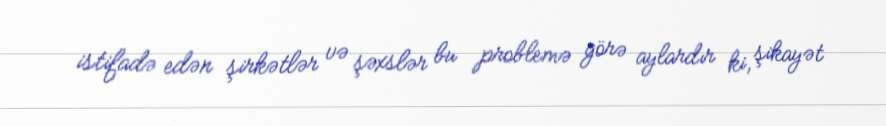
istifadə edən şirkətlər və şəxslər bu problemə görə aylardır ki, şikayət